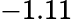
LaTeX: -1.11